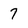
Character: 7